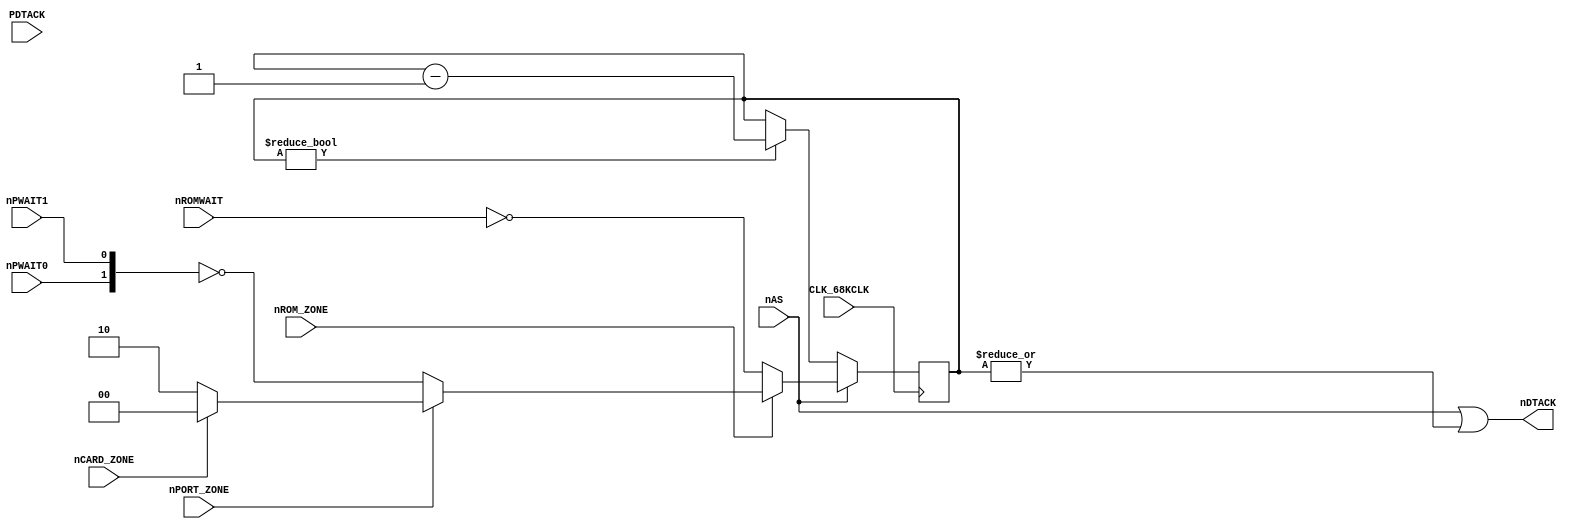
// NeoGeo logic definition (simulation only)
// Copyright (C) 2018 Sean Gonsalves
//
// This program is free software: you can redistribute it and/or modify
// it under the terms of the GNU General Public License as published by
// the Free Software Foundation, either version 3 of the License, or
// (at your option) any later version.
//
// This program is distributed in the hope that it will be useful,
// but WITHOUT ANY WARRANTY; without even the implied warranty of
// MERCHANTABILITY or FITNESS FOR A PARTICULAR PURPOSE.  See the
// GNU General Public License for more details.
//
// You should have received a copy of the GNU General Public License
// along with this program.  If not, see <https://www.gnu.org/licenses/>.

`timescale 1ns/1ns

module c1_wait(
	input CLK_68KCLK, nAS,
	input nROM_ZONE, nPORT_ZONE, nCARD_ZONE,
	input nROMWAIT, nPWAIT0, nPWAIT1, PDTACK,
	output nDTACK
);

	reg [1:0] WAIT_CNT;
	
	//assign nPDTACK = ~(nPORT_ZONE | PDTACK);		// Really a NOR ? May stall CPU if PDTACK = GND

	assign nDTACK = nAS | |{WAIT_CNT};					// Is it nVALID instead of nAS ?
	
	//assign nCLK_68KCLK = ~nCLK_68KCLK;
	
	always @(negedge CLK_68KCLK)
	begin
		if (!nAS)
		begin
			// Count down only when nAS low
			if (WAIT_CNT) WAIT_CNT <= WAIT_CNT - 1'b1;
		end
		else
		begin
			if (!nROM_ZONE)
				WAIT_CNT <= ~nROMWAIT;				// 0~1 or 1~2 wait cycles ?
			else if (!nPORT_ZONE)
				WAIT_CNT <= ~{nPWAIT0, nPWAIT1};	// Needs checking
			else if (!nCARD_ZONE)
				WAIT_CNT <= 2;							// MAME and mvstech says so, to check
			else
				WAIT_CNT <= 0;
		end
	end
	
endmodule